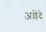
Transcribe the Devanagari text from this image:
अल्लेंदे